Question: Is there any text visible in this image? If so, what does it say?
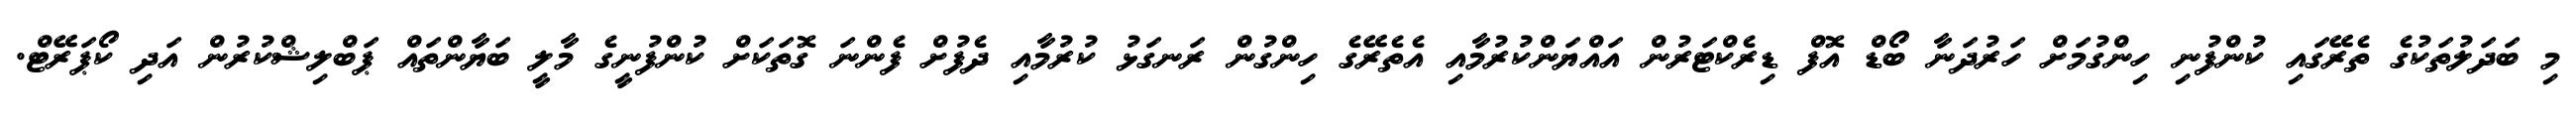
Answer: މި ބަދަލުތަކުގެ ތެރޭގައި ކުންފުނި ހިންގުމަށް ހަރުދަނާ ބޯޑް އޮފް ޑިރެކްޓަރުން އައްޔަންކުރުމާއި އެތެރޭގެ ހިންގުން ރަނގަޅު ކުރުމާއި ދެފުށް ފެންނަ ގޮތަކަށް ކުންފުނީގެ މާލީ ބަޔާންތައް ޕަބްލިޝްކުރުން އަދި ކޯޕަރޭޓް.